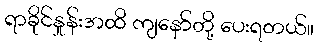
ရာခိုင်နှုန်းအထိ ကျနော်တို့ ပေးရတယ်။